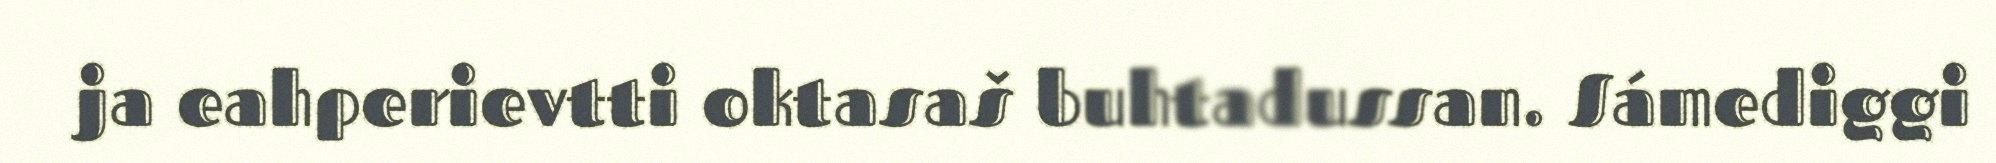
ja eahperievtti oktasaš buhtadussan. Sámediggi